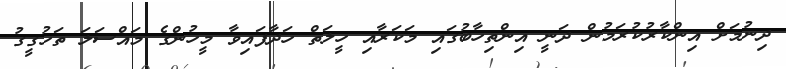
ދިނުމަށް އިންކާރުކުރަމުން ދަނީ އިންތިހާބުގައި މަކަރާއި ހީލަތް ހަދާފައިވާ މީހުންގެ މައްސަލަ ތަހުގީގު